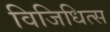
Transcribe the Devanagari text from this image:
विजिधित्स